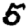
Digit: 5